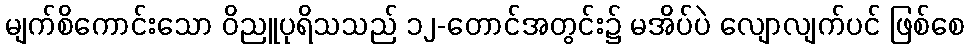
မျက်စိကောင်းသော ဝိညူပုရိသသည် ၁၂-တောင်အတွင်း၌ မအိပ်ပဲ လျောလျက်ပင် ဖြစ်စေ